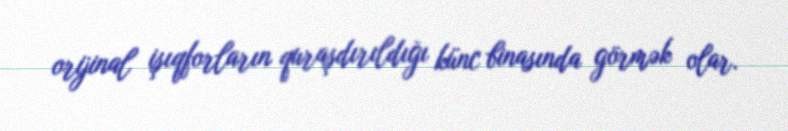
orijinal işıqforların quraşdırıldığı künc binasında görmək olar.